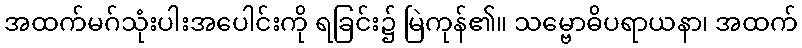
အထက်မဂ်သုံးပါးအပေါင်းကို ရခြင်း၌ မြဲကုန်၏။ သမ္ဗောဓိပရာယနာ၊ အထက်